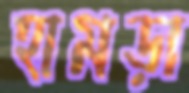
হামড়া